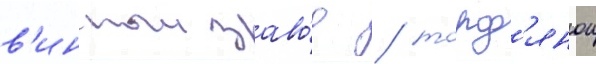
в'инныи заво́д / торф'янои